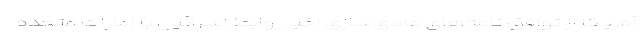
آمریکا از توافق نامه‌های عادی‌سازی اخیر روابط اسرائیل با امارات متحده